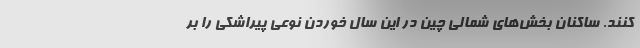
‌کنند. ساکنان بخش‌های شمالی چین در این سال خوردن نوعی پیراشکی را بر